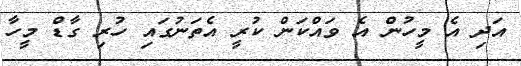
އަދި އެ މީހުން އެ ވައްކަން ކުރީ އެތަނުގައި ހުރި ގާޑް މީހާ